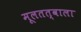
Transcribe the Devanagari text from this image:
मूलतत्वाला